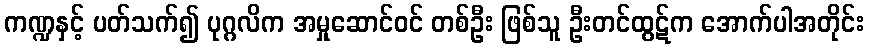
ကဏ္ဍနှင့် ပတ်သက်၍ ပုဂ္ဂလိက အမှုဆောင်ဝင် တစ်ဦး ဖြစ်သူ ဦးတင်ထွဋ်က အောက်ပါအတိုင်း